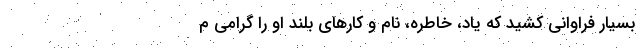
بسیار فراوانی کشید که یاد، خاطره، نام و کارهای بلند او را گرامی م